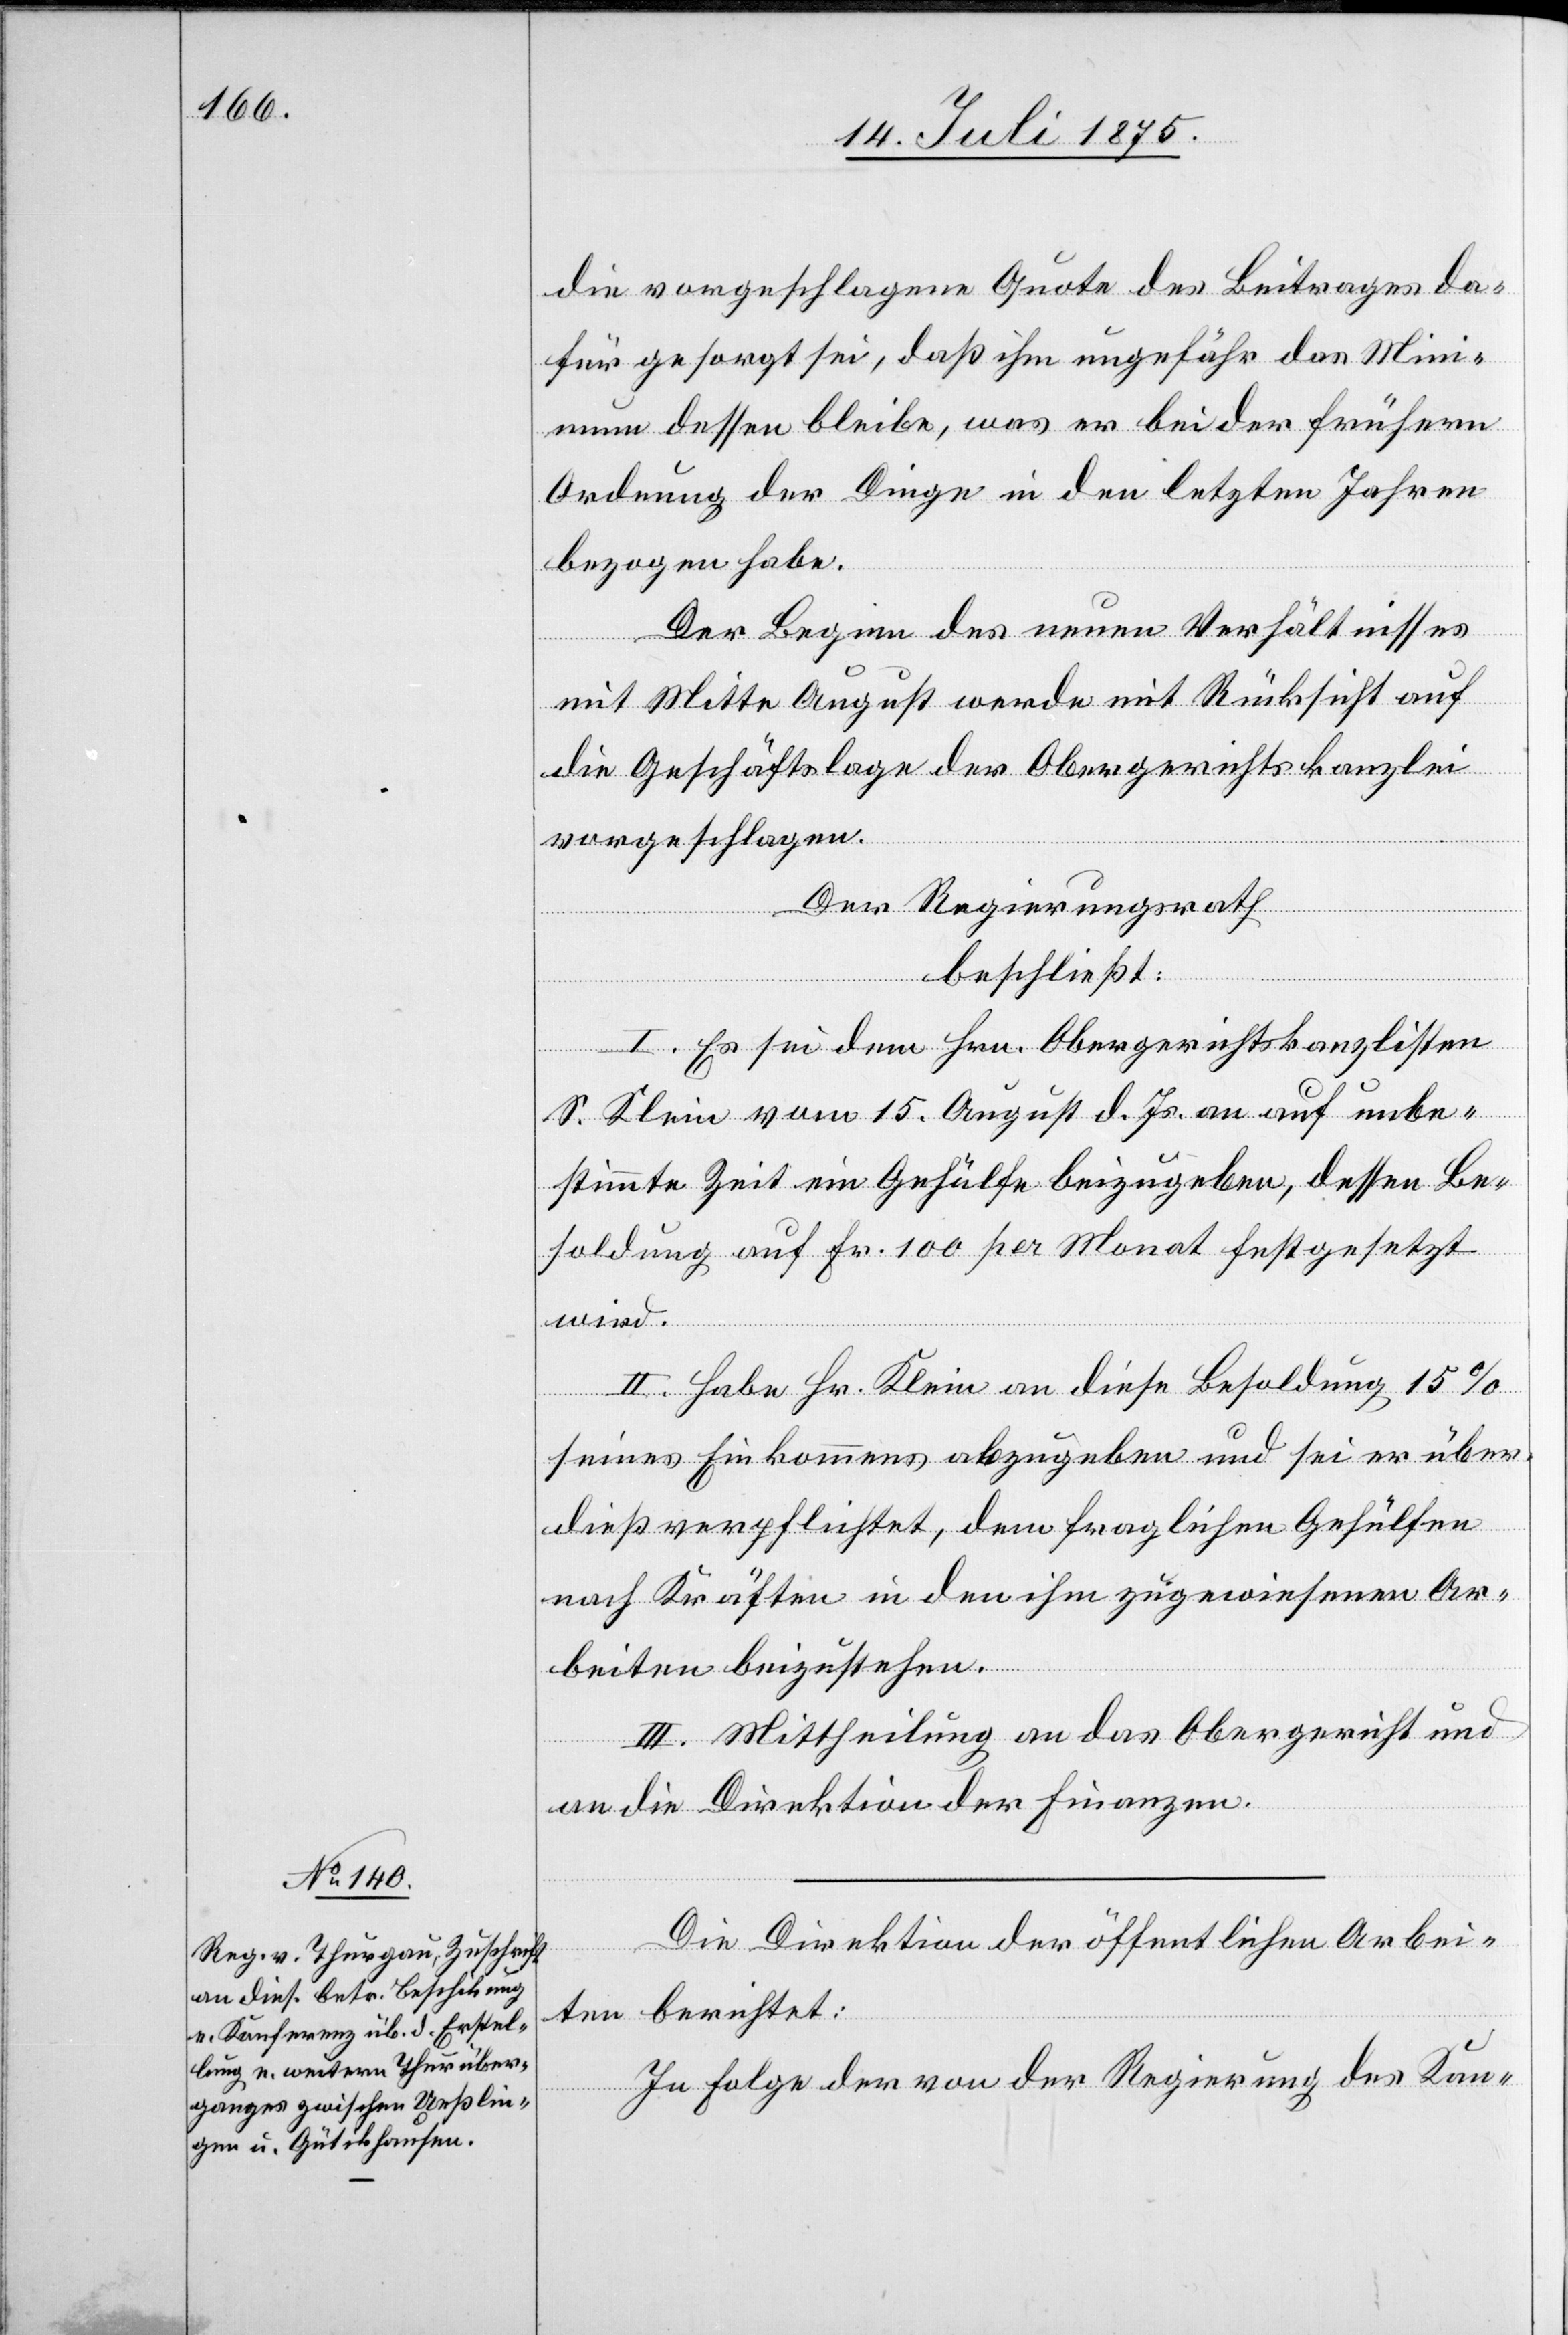
die vorgeschlagene Quote des Beitrages da¬
für gesorgt sei, daß ihm ungefähr das Min¬
imum dessen bleibe, was er bei der frühern
Ordnung der Dinge in den letzten Jahren
bezogen habe.
Der Beginn des neuen Verhältnisses
mit Mitte August werde mit Rücksicht auf
die Geschäftslage der Obergerichtskanzlei
vorgeschlagen.
Der Regierungsrath,
beschließt:
I. Es sei dem Hrn. Obergerichtskanzlisten
S. Klein vom 15. August d. Js. an auf unbe¬
stimmte Zeit ein Gehülfe beizugeben, dessen Be¬
soldung auf Fr. 100 per Monat festgesetzt
II. Habe Hr. Klei an diese Besoldung 15%
seines Einkommens abzugeben und sei er über¬
dieß verpflichtet, dem fraglichen Gehülfen
nach Kräften in den ihm zugewiesenen Ar¬
beiten beizustehen.
III. Mittheilung an das Obergericht und
an die Direktion der Finanzen.
Die Direktion der öffentlichen Arbei¬
ten berichtet:
In Folge der von der Regierung des Kan-
wird.